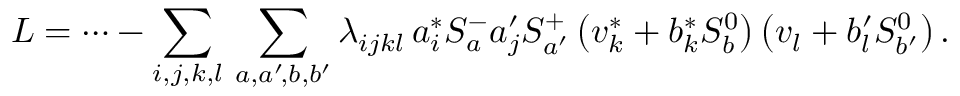
{ \cal L } = \cdots - \sum _ { i , j , k , l } \, \sum _ { a , a ^ { \prime } \! , b , b ^ { \prime } } \lambda _ { i j k l } \, a _ { i } ^ { * } S _ { a } ^ { - } a _ { j } ^ { \prime } S _ { a ^ { \prime } } ^ { + } \left( v _ { k } ^ { * } + b _ { k } ^ { * } S _ { b } ^ { 0 } \right) \left( v _ { l } + b _ { l } ^ { \prime } S _ { b ^ { \prime } } ^ { 0 } \right) .